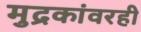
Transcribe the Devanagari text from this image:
मुद्रकांवरही